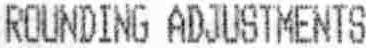
ROUNDING ADJUSTMENTS